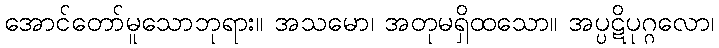
အောင်တော်မူသောဘုရား။ အသမော၊ အတုမရှိထသော။ အပ္ပဋိပုဂ္ဂလော၊